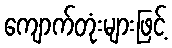
ကျောက်တုံးများဖြင့်